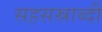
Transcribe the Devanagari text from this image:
सहसस्राब्दी